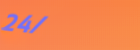
24/7